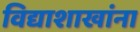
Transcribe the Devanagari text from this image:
विद्याशाखांना